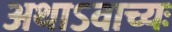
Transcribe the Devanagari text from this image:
अथाऽवाच्यः